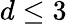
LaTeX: d\le 3